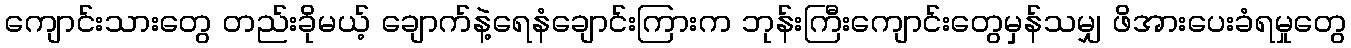
ကျောင်းသားတွေ တည်းခိုမယ့် ချောက်နဲ့ရေနံချောင်းကြားက ဘုန်းကြီးကျောင်းတွေမှန်သမျှ ဖိအားပေးခံရမှုတွေ